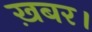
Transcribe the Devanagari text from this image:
ख़बर।